Lunatic asylums in Bengal annual reports 1888-1898 - 1888-1898
Year: 1888
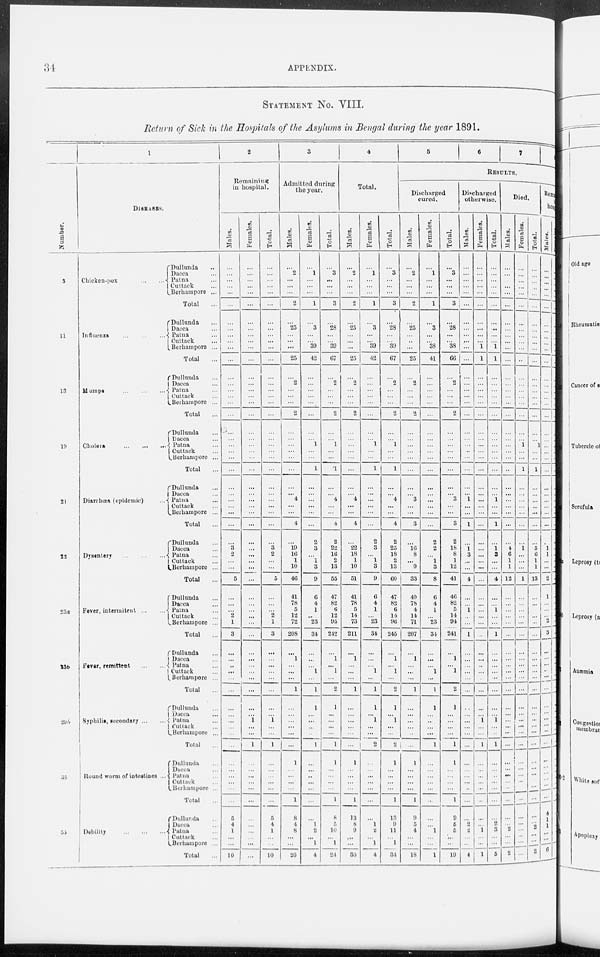
34
APPENDIX.
STATEMENT No. VIII.
Return of Sick in the Hospitals of the Asylums in Bengal during the year 1891.
Number.
3
11
13
1!»
21
22
23a
23b
35b
55
57
1
DISEASES.
Chicken-pox
...
...
Dullunda ...
Dacca ...
Patna ...
Cuttack ...
Berhampore ...
Total ...
Influenza
...
...
Dullunda ...
Dacca ...
Patna ...
Cuttack ...
Berhampore ...
Total ...
Mumps
...
...
...
Dullunda ...
Dacca ...
Patna ...
Cuttack ...
Berhampore ...
Total ...
Cholera
...
...
...
Dullunda ...
Dacca ...
Patna ...
Cuttack ...
Berhampore ...
Total ...
Diarrhœa (epidemic) ...
Dullunda ...
Dacca ...
Patna ...
Cuttack ...
Berhampore ...
Total ...
Dysentery
...
...
...
Dullunda ...
Dacca ...
Patna ...
Cuttack ...
Berhampore ...
Total ...
Fever, intermitent
...
...
Dullunda ...
Dacca ...
Patna ...
Cuttack ..
Berhampore ...
Total ...
Fever, remittent
...
...
Dullunda ...
Dacca ...
Patna ...
Cuttack ...
Berhampore ...
Total ...
Syphilis, secondary ... ...
Dullunda ...
Dacca ...
Patna ...
Cuttack ...
Berhampore ...
Total ...
Round worm of intestines ...
Dullunda ...
Dacca...
Patna ...
Cuttack ...
Berhampore ...
Total ...
Debility
...
...
...
Dullunda ...
Dacca ...
Patna ...
Cuttack ...
Berhampore ...
Total ...
2
Remaining
in hospital.
Males.
...
...
...
...
...
...
...
...
...
...
...
...
...
...
...
...
...
...
...
...
...
...
...
...
...
...
...
...
...
3
2
...
...
5
...
...
2
1
3
...
...
...
...
...
...
...
...
...
...
...
...
...
...
...
...
5
4
1
...
...
10
Females.
...
...
...
...
...
...
...
...
...
...
...
...
...
...
...
...
...
...
...
...
...
...
...
...
...
...
...
...
...
...
...
...
...
...
...
...
...
...
...
...
...
...
...
...
...
...
...
1
...
...
...
...
...
...
...
...
...
...
...
...
...
...
Total.
...
...
...
...
....
...
...
...
...
...
...
...
...
...
...
...
...
...
...
...
...
...
...
...
...
...
...
...
...
3
2
...
...
5
...
...
2
1
3
...
...
...
...
...
...
...
...
1
...
...
...
...
...
...
...
...
5
4
1
...
...
10
3
Admitted during
the year.
Males.
...
2
...
...
...
2
...
25
...
...
...
25
...
2
...
...
...
2
...
...
...
...
...
...
...
... 4
...
...
4
...
19
16
1
10
46
41
78
5
12
72
208
...
1
...
...
...
1
...
...
...
...
...
...
1
...
...
...
...
1
8
4
8
...
...
20
Females.
...
1
...
...
...
1
...
3
...
... 39
42
...
...
...
...
...
...
...
... 1
...
...
1
...
...
...
...
...
...
2
3
...
1
3
9
6
4
1
... 23
34
...
...
...
1
...
1
1
...
...
...
...
1
...
...
...
...
...
...
...
1
2
... 1
4
Total.
...
3
...
...
...
3
...
28
...
... 39
67
...
2
...
...
...
2
...
... 1
...
...
1
...
... 4
...
...
4
2
22
16
2
13
55
47
82
6
12
95
242
...
1
... 1
...
2
1
...
...
...
...
1
1
...
...
...
...
1
8
5
10
...
1
24
4
Total.
Males.
...
2
...
...
...
2
...
25
...
...
...
25
...
2
...
...
...
2
...
...
...
...
...
...
...
... 4
...
...
4
...
22
18
1
10
51
41
78
5
14
73
211
...
1
...
...
...
1
...
...
...
...
...
...
1
...
...
...
...
1
13
8
9
...
...
30
Females.
...
1
...
...
...
1
...
3
...
... 39
42
...
...
...
...
...
...
...
... 1
...
...
1
...
...
...
...
...
...
2
3
...
1
3
9
6
4
1
...
23
34
...
...
...
1
...
1
1
...
1
...
...
2
...
...
...
...
...
...
...
1
2
...
1
4
Total.
...
3
...
...
...
3
...
28
...
... 39
67
...
2
...
...
...
2
...
... 1
...
...
1
...
... 4
...
...
4
2
25
18
2
13
60
47
82
6
14
96
245
...
1
...
1
...
2
1
...
1
...
...
2
1
...
...
...
...
1
13
9
11
...
1
34
5
6
7
8
RESULTS.
Discharged
cured.
Males.
...
2
...
...
...
2
...
25
...
..
...
25
...
2
...
...
...
2
...
...
...
...
...
...
...
... 3
...
...
3
...
16
8
...
9
33
40
78
4
14
71
207
...
1
...
...
...
1
...
...
...
...
...
...
1
...
...
...
...
1
9
5
4
...
...
18
Females.
...
1
...
...
...
1
...
3
...
... 38
41
...
...
...
...
...
...
...
...
...
...
...
...
...
...
...
...
...
...
2
2
...
1
3
8
6
4
1
...
23
34
...
...
...
1
...
1
1
...
...
...
...
1
...
...
...
...
...
...
...
...
1
...
...
1
Total.
...
3
...
...
...
3
...
28
...
... 38
66
...
2
...
...
...
2
...
...
...
...
...
...
...
... 3
...
...
3
2
18
8
1
12
41
46
82
5
14
94
241
...
1
... 1
...
2
1
...
...
...
...
1
1
...
...
...
...
1
9
5
5
...
...
19
Discharged
otherwise.
Males.
...
...
...
...
...
...
...
...
...
...
...
...
...
...
...
...
...
...
...
...
...
...
...
...
...
... 1
...
...
1
...
1
3
...
...
4
...
...
1
...
...
1
...
...
...
...
...
...
...
...
...
...
...
...
...
...
...
...
...
...
...
2
2
..
...
4
Females.
...
...
...
...
...
...
...
...
...
... 1
1
...
...
...
...
...
...
...
...
...
...
...
...
...
...
...
...
...
...
...
...
...
...
...
...
...
...
...
...
...
...
...
...
...
...
...
...
...
...
1
...
...
1
...
...
...
...
...
...
...
...
1
...
...
1
Total.
...
...
...
...
...
...
...
...
...
... 1
1
...
...
...
...
...
...
...
...
...
...
...
...
...
...
1
...
...
1
...
1 3
...
...
4
...
...
1
...
...
1
...
...
...
...
...
...
...
...
1
...
...
1
...
...
...
...
...
...
...
2
3
...
...
5
Died.
Males.
...
...
...
...
...
...
...
...
...
...
...
...
...
...
...
...
...
...
...
...
...
...
...
...
...
...
...
...
...
...
...
4
6
1
1
12
...
...
...
...
...
...
...
...
...
...
...
...
...
...
...
...
...
...
...
...
...
...
...
...
...
...
2
...
...
2
Females.
...
...
...
...
...
...
...
...
...
...
...
...
...
...
...
...
...
...
...
...
1
...
...
...
...
...
...
...
...
...
...
1
...
...
...
1
...
...
...
...
...
...
...
...
...
...
...
...
...
...
...
...
...
...
...
...
...
...
...
...
...
...
...
...
...
...
Total.
...
...
...
...
...
...
...
...
...
...
...
...
...
...
...
...
...
...
...
... 1
...
...
...
...
...
...
...
...
...
...
5
6
1
1
13
...
...
...
...
...
...
...
...
...
...
...
...
...
...
...
...
...
...
...
...
...
...
...
...
...
...
...
...
...
2
Remaining
in
hospital.
Males.
...
...
...
...
...
...
...
...
...
...
...
...
...
...
...
...
...
...
...
...
...
...
...
...
...
...
...
...
...
...
...
...
...
...
...
...
...
...
...
...
...
...
...
...
...
...
...
...
...
...
...
...
...
...
...
...
...
...
...
...
4
1
1
...
...
6
Females.
...
...
...
...
...
...
...
...
...
...
...
...
...
...
...
...
...
...
...
...
...
...
...
...
...
...
...
...
...
...
...
...
...
...
...
...
...
...
...
...
...
...
...
...
...
...
...
...
...
...
...
...
...
...
...
...
...
...
...
...
...
...
...
...
..